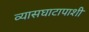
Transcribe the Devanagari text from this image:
व्यासघाटापाशी